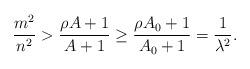
LaTeX: \begin{align*} \frac{m^2}{n^2} > \frac{\rho A+1}{A+1} \ge \frac{\rho A_0+1}{A_0+1}= \frac{1}{\lambda^2}. \end{align*}